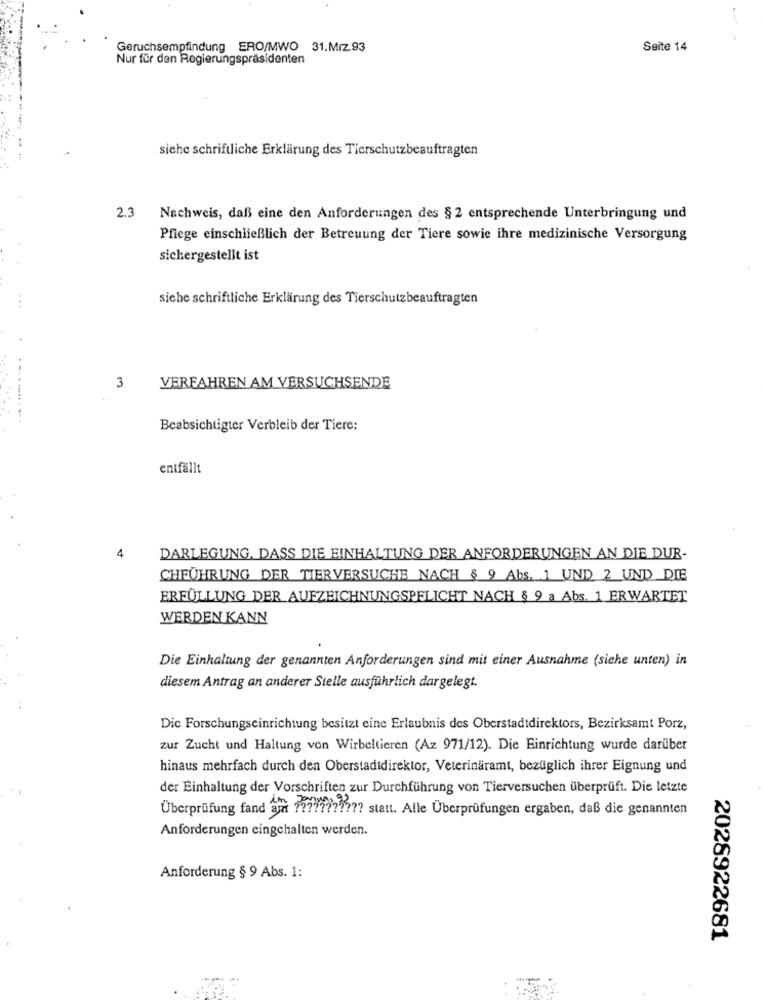
Geruchsempfindung ERO/MWO 31.Miz.93
Seite 14
Nur für den Regierungspräsidenten
siehe schriftliche Erklärung des Tierschutzbeauftragten
2.3 Nachweis, daß eine den Anforderungen des § 2 entsprechende Unterbringung und
Pflege einschließlich der Betreuung der Tiere sowie ihre medizinische Versorgung
sichergestellt ist
siehe schriftliche Erklärung des Tierschutzbeauftragten
...
3
VERFAHREN AM VERSUCHSENDE
........ -.
Beabsichtigter Verbleib der Tiere:
entfällt
4
DARLEGUNG, DASS DIE EINHALTUNG DER ANFORDERUNGEN AN DIE DUR-
CHFÜHRUNG DER TIERVERSUCHE NACH § 9 Abs. 1 UND 2 UND DIE
ERFÜLLUNG DER AUFZEICHNUNGSPELICHT NACH § 9 a Abs. 1 ERWARTET
WERDEN KANN
Die Einhaltung der genannten Anforderungen sind mit einer Ausnahme (siehe unten) in
diesem Antrag an anderer Stelle ausführlich dargelegt.
Dic Forschungseinrichtung besitzt eine Erlaubnis des Oberstadtdirektors, Bezirksamt Porz,
zur Zucht und Haltung von Wirbeltieren (Az 971/12). Die Einrichtung wurde darüber
hinaus mehrfach durch den Oberstadtdirektor, Veterinäramt, bezüglich ihrer Eignung und
der Einhaltung der Vorschriften zur Durchführung von Tierversuchen überprüft. Die letzte
Überprüfung fand ami 7 ?????????? statt. Alle Überprüfungen ergaben, daß die genannten
Anforderungen eingehalten werden.
Anforderung § 9 Abs. 1:
2026922681